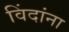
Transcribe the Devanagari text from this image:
विंदांना